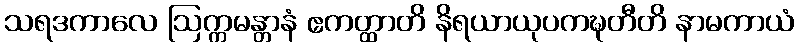
သရဒကာလေ ဩက္ကမန္တာနံ ဧကတ္ထာတိ နိရယာယုပကဍ္ဎတီတိ နာမကာယံ